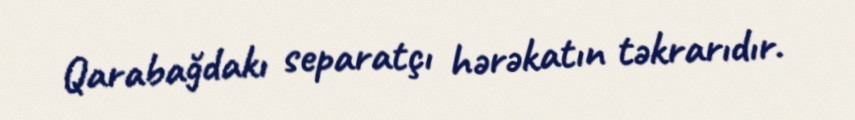
Qarabağdakı separatçı hərəkatın təkrarıdır.